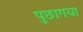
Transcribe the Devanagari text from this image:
पुछागया